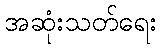
အဆုံးသတ်ရေး